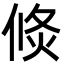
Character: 倐